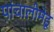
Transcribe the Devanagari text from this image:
पांचालीमेडू